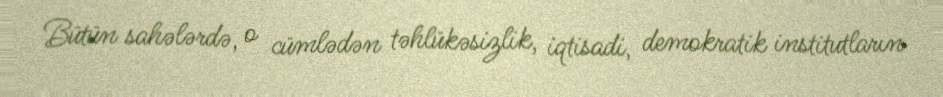
Bütün sahələrdə, o cümlədən təhlükəsizlik, iqtisadi, demokratik institutların